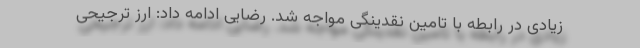
زیادی در رابطه با تامین نقدینگی مواجه شد. رضایی ادامه داد: ارز ترجیحی